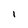
Character: 1